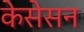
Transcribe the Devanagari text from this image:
केसेसन